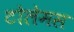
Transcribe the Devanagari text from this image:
टोलेमस